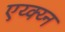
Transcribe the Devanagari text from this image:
एय्क्य्न